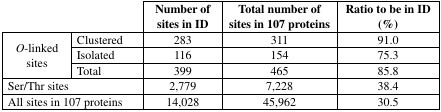
<table><thead><tr><td></td><td></td><td><b>Number of sites in ID</b></td><td><b>Total number of sites in 107 proteins</b></td><td><b>Ratio to be in ID (%)</b></td></tr></thead><tbody><tr><td rowspan="3"><i>O</i>-linked sites</td><td>Clustered</td><td>283</td><td>311</td><td>91.0</td></tr><tr><td>Isolated</td><td>116</td><td>154</td><td>75.3</td></tr><tr><td>Total</td><td>399</td><td>465</td><td>85.8</td></tr><tr><td colspan="2">Ser/Thr sites</td><td>2,779</td><td>7,228</td><td>38.4</td></tr><tr><td colspan="2">All sites in 107 proteins</td><td>14,028</td><td>45,962</td><td>30.5</td></tr></tbody></table>